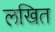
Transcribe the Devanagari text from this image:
लखित